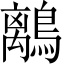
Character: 𪅆